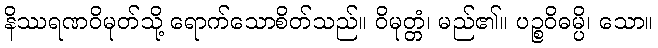
နိဿရဏဝိမုတ်သို့ ရောက်သောစိတ်သည်။ ဝိမုတ္တံ၊ မည်၏။ ပဉ္စဝိဓမ္ပိ၊ သော။